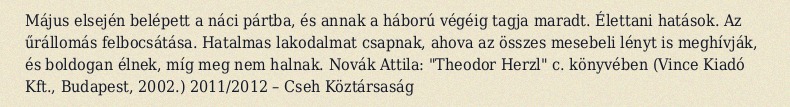
Május elsején belépett a náci pártba, és annak a háború végéig tagja maradt. Élettani hatások. Az űrállomás felbocsátása. Hatalmas lakodalmat csapnak, ahova az összes mesebeli lényt is meghívják, és boldogan élnek, míg meg nem halnak. Novák Attila: "Theodor Herzl" c. könyvében (Vince Kiadó Kft., Budapest, 2002.) 2011/2012 – Cseh Köztársaság